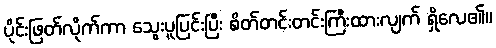
ပိုင်းဖြတ်လိုက်ကာ သွေးပူပြင်းပြီး စိတ်တင်းတင်းကြီးထားလျက် ရှိလေ၏။